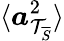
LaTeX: \langle\boldsymbol{a}_{\mathcal{T}_{\overline{{S}}}}^{2}\rangle